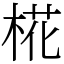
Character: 椛